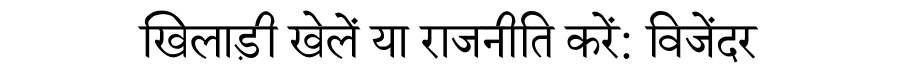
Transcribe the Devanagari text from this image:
खिलाड़ी खेलें या राजनीति करें: विजेंदर